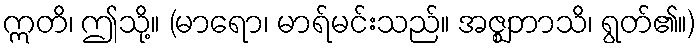
ဣတိ၊ ဤသို့။ (မာရော၊ မာရ်မင်းသည်။ အဇ္ဈဘာသိ၊ ရွတ်၏။)